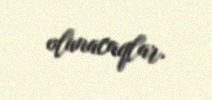
olunacaqlar.